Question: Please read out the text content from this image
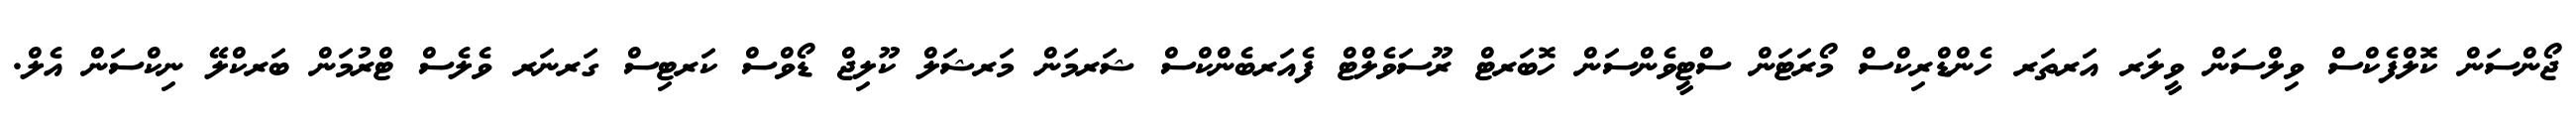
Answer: ޖޯންސަން ކޮލްފެކްސް ވިލްސަން ވީލަރ އަރތަރ ހެންޑްރިކްސް މޯރަޓަން ސްޓީވެންސަން ހޮބަރޓް ރޫސަވެލްޓް ފެއަރބެންކްސް ޝަރމަން މަރޝަލް ކޫލިޖް ޑޯވްސް ކަރޓިސް ގަރނަރ ވެލެސް ޓްރުމަން ބަރކްލޭ ނިކްސަން އެލް.